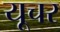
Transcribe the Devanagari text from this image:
यूचर